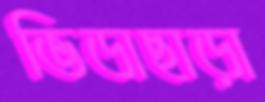
ভিডাছাড়া